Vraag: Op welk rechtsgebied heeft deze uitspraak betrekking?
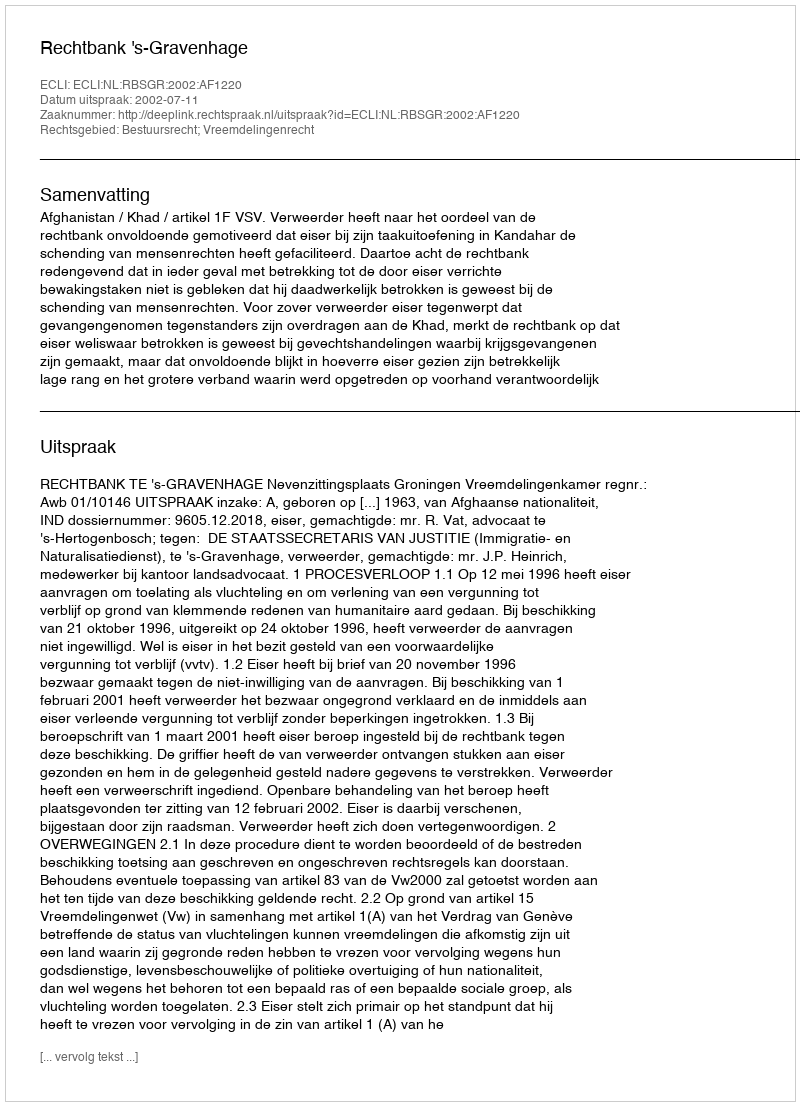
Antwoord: Bestuursrecht; Vreemdelingenrecht